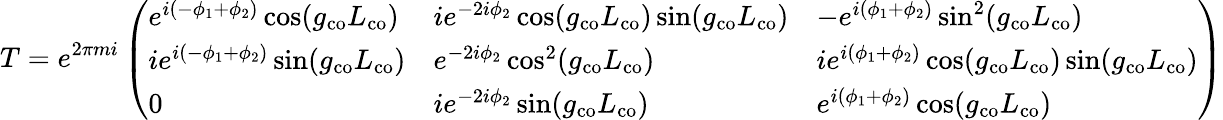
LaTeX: T=e^{2\pi mi}\left(\begin{array}{lll}{e^{i(-\phi_{1}+\phi_{2})}\cos(g_{\mathrm{co}}L_{\mathrm{co}})}&{ie^{-2i\phi_{2}}\cos(g_{\mathrm{co}}L_{\mathrm{co}})\sin(g_{\mathrm{co}}L_{\mathrm{co}})}&{-e^{i(\phi_{1}+\phi_{2})}\sin^{2}(g_{\mathrm{co}}L_{\mathrm{co}})}\\ {ie^{i(-\phi_{1}+\phi_{2})}\sin(g_{\mathrm{co}}L_{\mathrm{co}})}&{e^{-2i\phi_{2}}\cos^{2}(g_{\mathrm{co}}L_{\mathrm{co}})}&{ie^{i(\phi_{1}+\phi_{2})}\cos(g_{\mathrm{co}}L_{\mathrm{co}})\sin(g_{\mathrm{co}}L_{\mathrm{co}})}\\ {0}&{ie^{-2i\phi_{2}}\sin(g_{\mathrm{co}}L_{\mathrm{co}})}&{e^{i(\phi_{1}+\phi_{2})}\cos(g_{\mathrm{co}}L_{\mathrm{co}})}\end{array}\right)